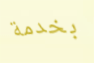
بخدمة